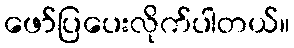
ဖော်ပြပေးလိုက်ပါတယ်။